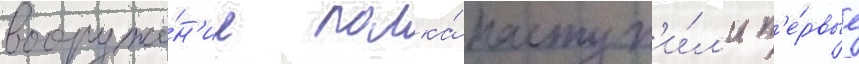
вооруже́н'ие полка́ поступ'и́л'и п'е́рвые